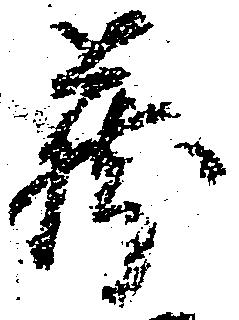
蔵